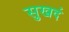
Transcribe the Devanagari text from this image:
सुखदं